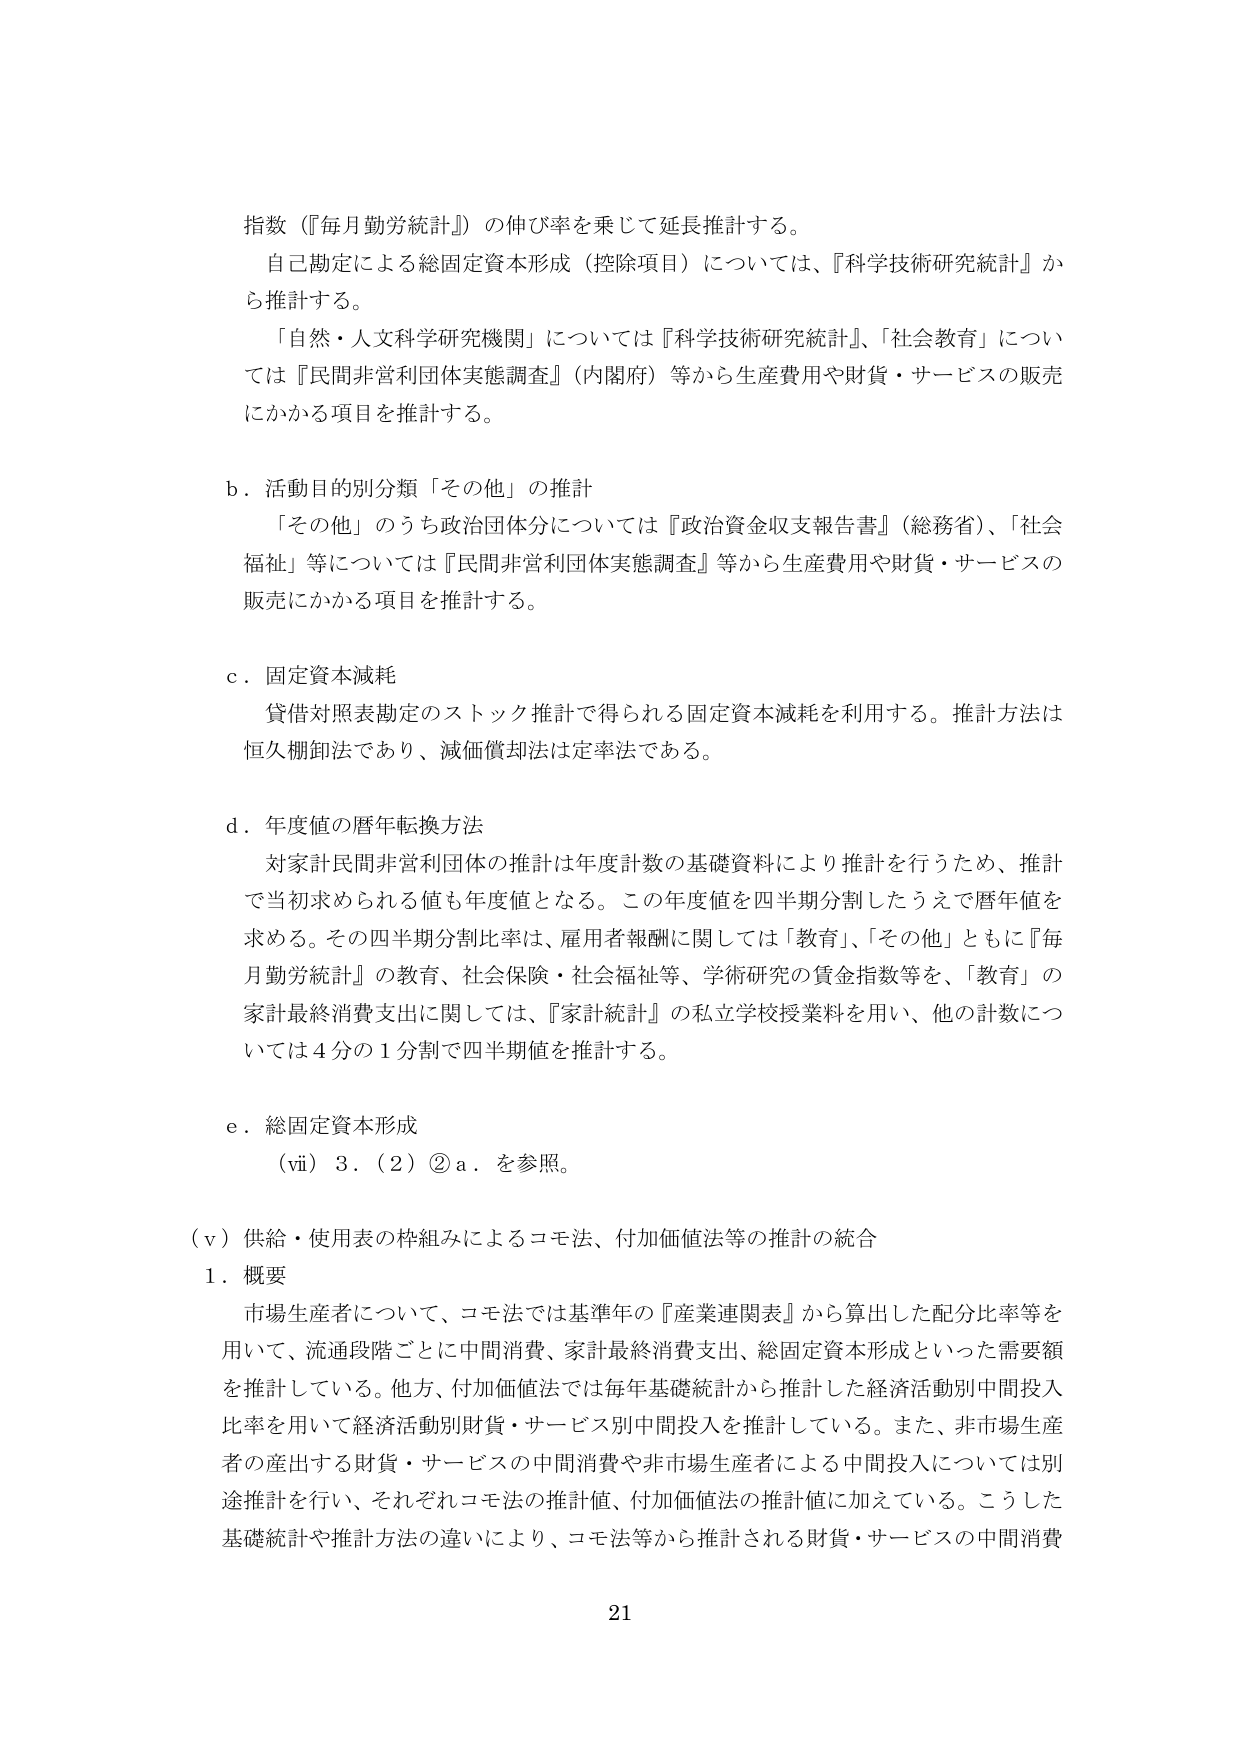
指数（『毎月勤労統計』）の伸び率を乗じて延長推計する。
自己勘定による総固定資本形成（控除項目）については、『科学技術研究統計』から推計する。
「自然・人文科学研究機関」については『科学技術研究統計』、「社会教育」については『民間非営利団体実態調査』（内閣府）等から生産費用や財貨・サービスの販売にかかる項目を推計する。

b．活動目的別分類「その他」の推計
「その他」のうち政治団体分については『政治資金収支報告書』（総務省）、「社会福祉」等については『民間非営利団体実態調査』等から生産費用や財貨・サービスの販売にかかる項目を推計する。

c．固定資本減耗
貸借対照表勘定のストック推計で得られる固定資本減耗を利用する。推計方法は恒久棚卸法であり、減価償却法は定率法である。

d．年度値の暦年転換方法
対家計民間非営利団体の推計は年度計数の基礎資料により推計を行うため、推計で当初求められる値も年度値となる。この年度値を四半期分割したうえで暦年値を求める。その四半期分割比率は、雇用者報酬に関しては「教育」、「その他」ともに『毎月勤労統計』の教育、社会保険・社会福祉等、学術研究の賃金指数等を、「教育」の家計最終消費支出に関しては、『家計統計』の私立学校授業料を用い、他の計数については4分の1分割で四半期値を推計する。

e．総固定資本形成
（ⅵ）3．（2）②a．を参照。

（ⅴ）供給・使用表の枠組みによるコモ法、付加価値法等の推計の統合
1．概要
市場生産者について、コモ法では基準年の『産業連関表』から算出した配分比率等を用いて、流通段階ごとに中間消費、家計最終消費支出、総固定資本形成といった需要額を推計している。他方、付加価値法では毎年基礎統計から推計した経済活動別中間投入比率を用いて経済活動別財貨・サービス別中間投入を推計している。また、非市場生産者の産出する財貨・サービスの中間消費や非市場生産者による中間投入については別途推計を行い、それぞれコモ法の推計値、付加価値法の推計値に加えている。こうした基礎統計や推計方法の違いにより、コモ法等から推計される財貨・サービスの中間消費

21